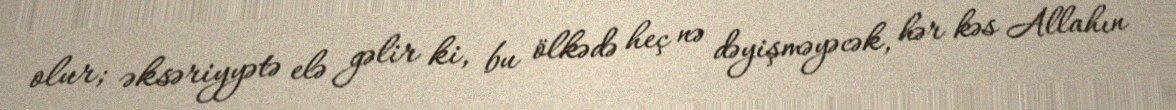
olur; əksəriyyətə elə gəlir ki, bu ölkədə heç nə dəyişməyəcək, hər kəs Allahın